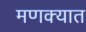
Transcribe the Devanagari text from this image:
मणक्‍यात